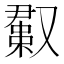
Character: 𫩊